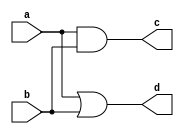
// This program was cloned from: https://github.com/efabless/clear
// License: Apache License 2.0

/////////////////////////////////////////
//  Functionality: 2-input AND + 2-input OR 
//                 This benchmark is designed to test fracturable LUTs
////////////////////////////////////////
`timescale 1ns / 1ps

module and2_or2(
  a,
  b,
  c,
  d);

input wire a;
input wire b;
output wire c;
output wire d;

assign c = a & b;
assign d = a | b;

endmodule